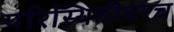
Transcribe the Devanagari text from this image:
परिस्थितीवरच